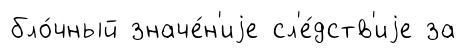
бло́чный значе́н'иjе сл'е́дств'иjе за